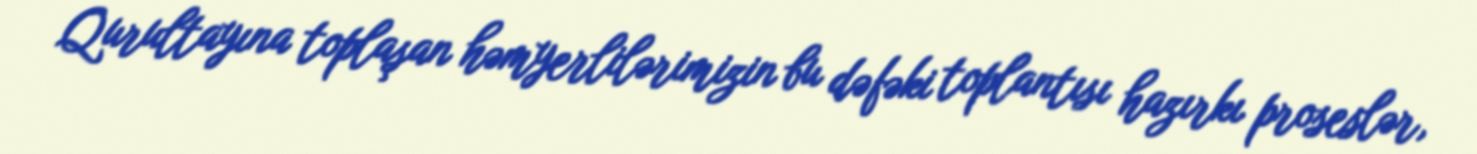
Qurultayına toplaşan həmyerlilərimizin bu dəfəki toplantısı hazırkı proseslər,